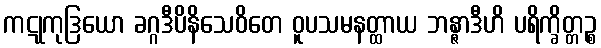
ကဋုကုဒြယော ခဂ္ဂဒီပိနိသေဝိတေ ဝူပသမနတ္ထာယ ဘန္ဇာဒီဟိ ပရိက္ခိတ္တဉ္စ